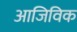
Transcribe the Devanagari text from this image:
आजिविक